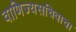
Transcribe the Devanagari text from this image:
वाणिज्यसचिवाचा